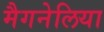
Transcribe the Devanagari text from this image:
मैगनेलिया